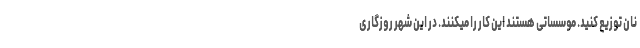
نان توزیع کنید. موسساتی هستند این کار را میکنند. در این شهر روزگاری